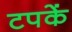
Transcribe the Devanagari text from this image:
टपकें